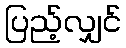
ပြည့်လျှင်